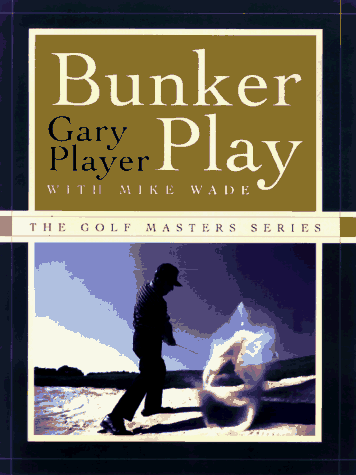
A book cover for Bunker Play (The Golf Masters Series); Gary Player; Sports & Outdoors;